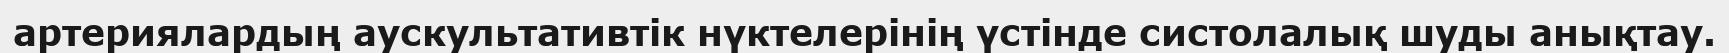
артериялардың аускультативтік нүктелерінің үстінде систолалық шуды анықтау.